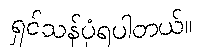
ရှင်သန်ပုံရပါတယ်။